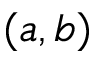
( a , b )